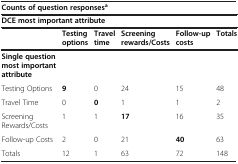
<table><thead><tr><td colspan="6"><b>Counts of question responses<sup>a</sup></b></td></tr><tr><td colspan="6"><b>DCE most important attribute</b></td></tr><tr><td></td><td><b>Testing options</b></td><td><b>Travel time</b></td><td><b>Screening rewards/Costs</b></td><td><b>Follow-up costs</b></td><td><b>Totals</b></td></tr></thead><tbody><tr><td><b>Single question most important attribute</b></td><td></td><td></td><td></td><td></td><td></td></tr><tr><td>Testing Options</td><td><b>9</b></td><td>0</td><td>24</td><td>15</td><td>48</td></tr><tr><td>Travel Time</td><td>0</td><td><b>0</b></td><td>1</td><td>1</td><td>2</td></tr><tr><td>Screening Rewards/Costs</td><td>1</td><td>1</td><td><b>17</b></td><td>16</td><td>35</td></tr><tr><td>Follow-up Costs</td><td>2</td><td>0</td><td>21</td><td><b>40</b></td><td>63</td></tr><tr><td>Totals</td><td>12</td><td>1</td><td>63</td><td>72</td><td>148</td></tr></tbody></table>